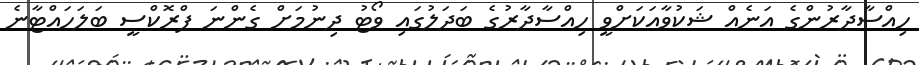
ހިއްސާދާރުންގެ އަނެއް ޝަކުވާއަކަށްވީ ހިއްސާދާރުގެ ބަދަލުގައި ވޯޓު ދިނުމަށް ގެންނަ ޕްރޮކްސީ ބަލަހައްޓާނެ